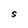
Character: S